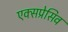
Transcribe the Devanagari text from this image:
एक्सप्रेसिव